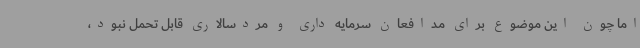
اما چون این موضوع برای مدافعان سرمایه داری و مردسالاری قابل تحمل نبود،